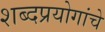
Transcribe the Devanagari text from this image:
शब्दप्रयोगांचे